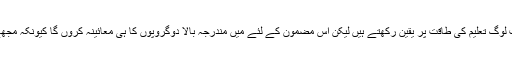
ملالہ یوسفزئی اور اس کے والد کی طرح کے بہت سے نیک نیت لوگ تعلیم کی طاقت پر یقین رکھتے ہیں لیکن اس مضمون کے لئے میں مندرجہ بالا دوگروپوں کا ہی معائینہ کروں گا کیونکہ مجھے پاکستان میں یہی مسئلے کی اصل اور بڑی وجہ نظر آتے ہیں۔